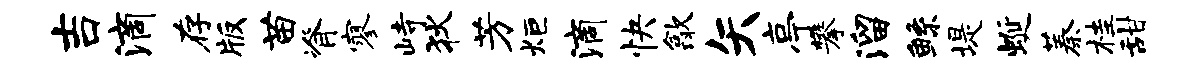
吉滴存版苗脊寥峙狄芳炬滴快歙矢亭攀溜鲧堤蜒蓁桂甜